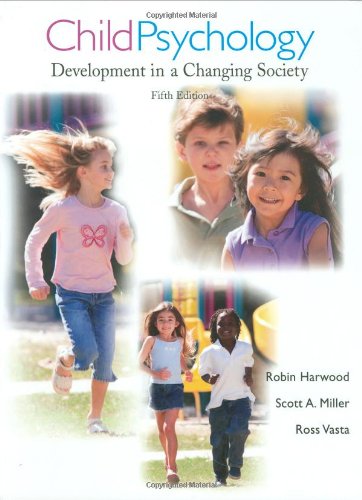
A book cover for Child Psychology: Development in a Changing Society; Robin Harwood; Medical Books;